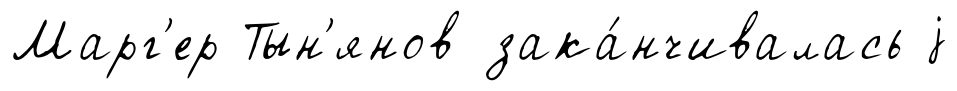
Марг'ер Тын'янов зака́нчивалась j